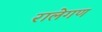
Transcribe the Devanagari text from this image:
रालेगण